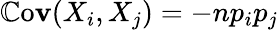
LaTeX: \operatorname{\mathbb{C}o\mathbf{v}}(X_{i},X_{j})=-np_{i}p_{j}